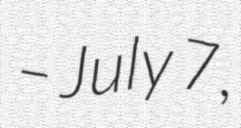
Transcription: – July 7,